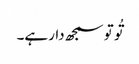
تُو تو سمجھ دارہے۔